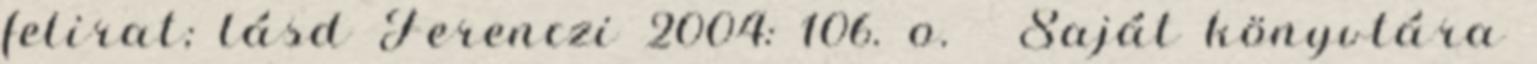
felirat; lásd Ferenczi 2004: 106. o. ↑ Saját könyvtára